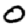
Digit: 0